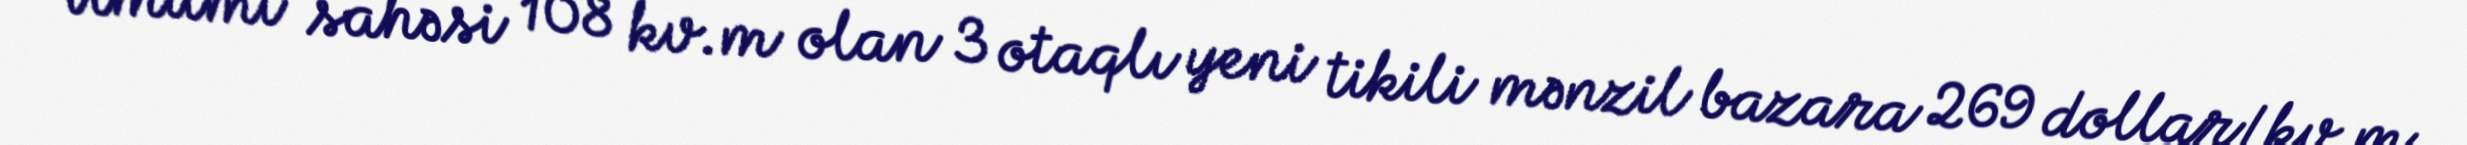
Ümumi sahəsi 108 kv.m olan 3 otaqlı yeni tikili mənzil bazara 269 dollar/kv.m